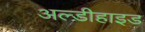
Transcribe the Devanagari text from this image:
अल्डीहाइड